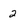
Character: 2